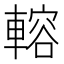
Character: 䡥